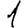
Digit: 1